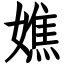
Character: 嫶